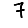
Digit: 7